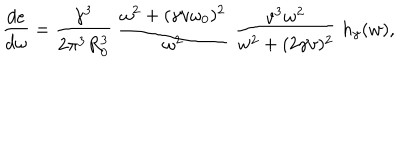
LaTeX: \frac { d e } { d \omega } = \frac { \gamma ^ { 3 } } { 2 \pi ^ { 3 } R _ { 0 } ^ { 3 } } \; \frac { \omega ^ { 2 } + ( \gamma v \omega _ { 0 } ) ^ { 2 } } { \omega ^ { 2 } } \; \frac { v ^ { 3 } w ^ { 2 } } { w ^ { 2 } + ( 2 \gamma v ) ^ { 2 } } \; h _ { \gamma } ( w ) ,